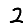
Digit: 2